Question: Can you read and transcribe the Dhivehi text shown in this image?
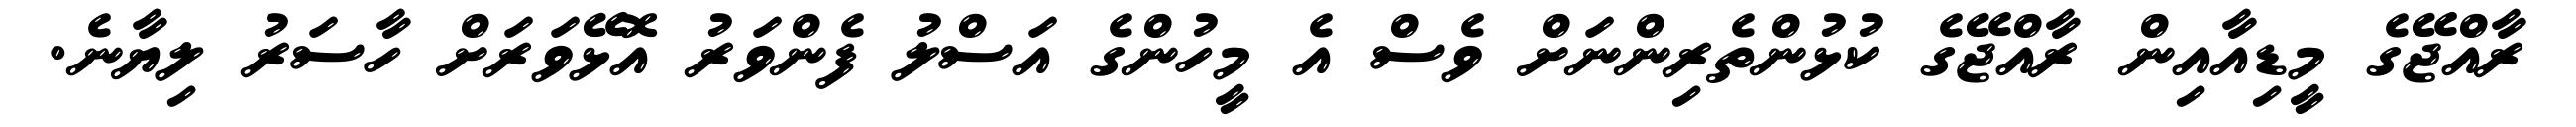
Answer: ރާއްޖޭގެ މީޑިއާއިން ރާއްޖޭގެ ކުޅުންތެރިންނަށް ވެސް އެ މީހުންގެ އަސްލު ފެންވަރު އޮޅޭވަރަށް ހާސަރު ލިޔާނެ.